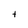
Character: t